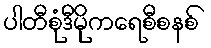
ပါတီစုံဒီမိုကရေစီစနစ်